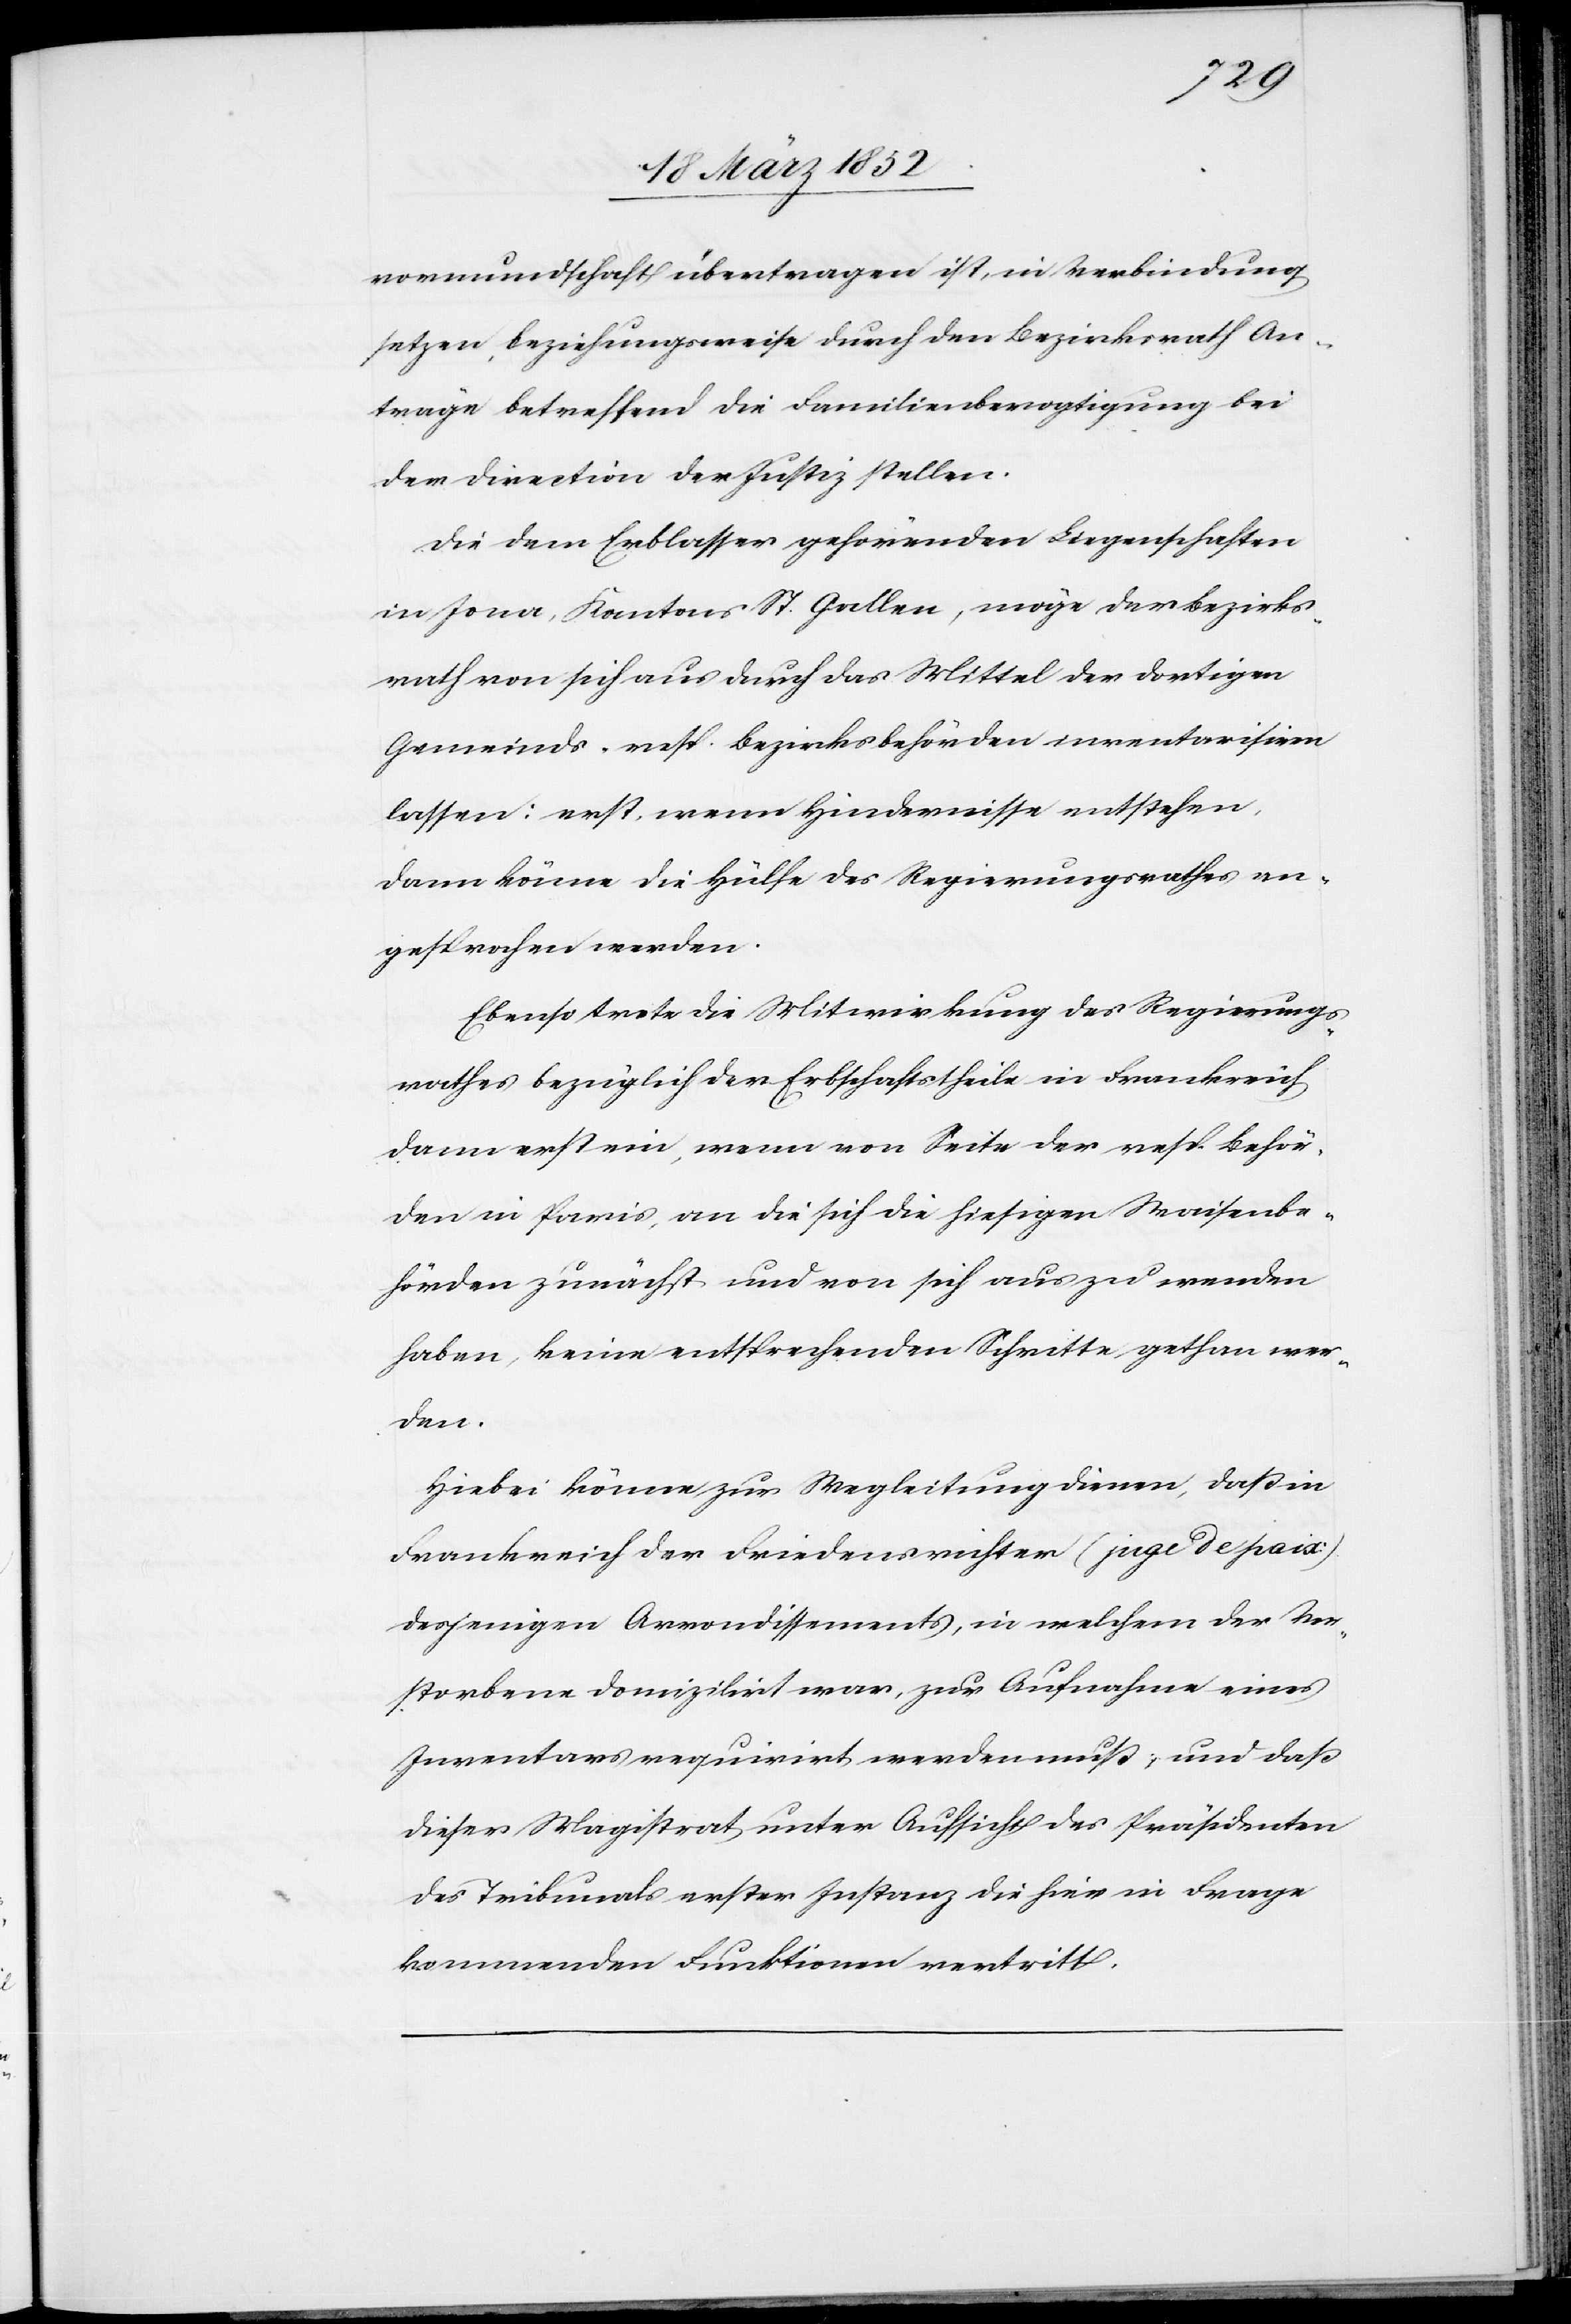
vormundschaft übertragen ist, in Verbindung
setzen, beziehungsweise durch den Bezirksrath An¬
träge betreffend die Familienbevogtigung bei
der Direction der Justiz stellen.
Die dem Erblasser gehörenden Liegenschaften
in Jona, Kantons St. Gallen, möge der Bezirks¬
rath von sich aus durch das Mittel der dortigen
Gemeinds- resp. Bezirksbehörden inventarisiren
lassen: erst, wenn Hindernisse entstehen,
dann könne die Hülfe des Regierungsrathes an¬
gesprochen werden.
Ebenso trete die Mitwirkung des Regierungs¬
rathes bezüglich der Erbschaftstheile in Frankreich
dann erst ein, wenn von Seite der resp. Behör¬
den in Paris, an die sich die hiesigen Waisenbe¬
hörden zunächst und von sich aus zu wenden
haben, keine entsprechenden Schritte gethan wer¬
den.
Hiebei könne zur Wegleitung dienen, daß in
Frankreich der Friedensrichter (juge de paix)
desjenigen Arrondissements, in welchem der Ver¬
storbene domizilirt war, zur Aufnahme eines
Inventars requirirt werden muß, und daß
dieser Magistrat unter Aufsicht des Präsidenten
des Tribunals erster Instanz die hier in Frage
kommenden Funktionen vertritt.